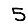
Digit: 5